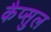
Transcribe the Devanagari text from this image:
कैप्सुल